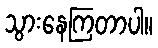
သွားနေကြတာပါ။